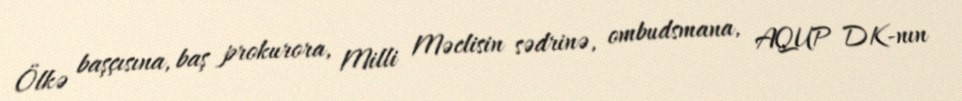
Ölkə başçısına, baş prokurora, Milli Məclisin sədrinə, ombudsmana, AQUP DK-nın